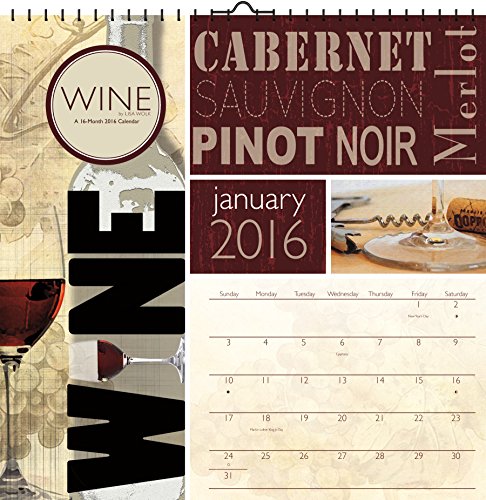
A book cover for Wine by Lisa Wolk 2016 Art Calendar; Trends International; Calendars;